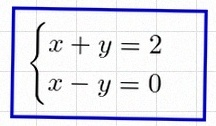
\begin{cases}x+y=2\\x-y=0\end{cases}